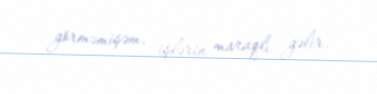
görməmişəm, işlərin maraqlı gəlir.